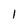
Character: l